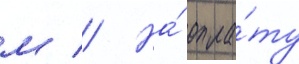
м // На́ опла́ту